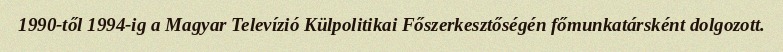
1990-től 1994-ig a Magyar Televízió Külpolitikai Főszerkesztőségén főmunkatársként dolgozott.